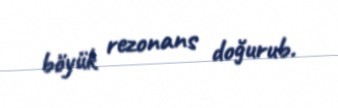
böyük rezonans doğurub.